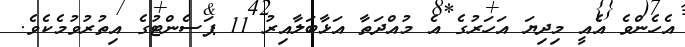
އެހެންވެ އެއީ މިދިޔަ އަހަރުގެ އެ މުއްދަތާ އަޅާބަލާއިރު 11 ޕަސެންޓުގެ އިތުރުވުމެކެވެ.